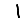
Digit: 1